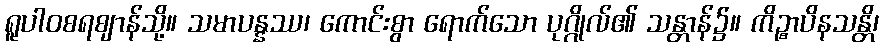
ရူပါဝစရဈာန်သို့။ သမာပန္နဿ၊ ကောင်းစွာ ရောက်သော ပုဂ္ဂိုလ်၏ သန္တာန်၌။ ကိဉ္စာပိနသန္တိ၊